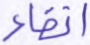
اتقاء